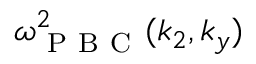
\omega _ { \mathrm { ~ P ~ B ~ C ~ } } ^ { 2 } ( k _ { 2 } , k _ { y } )